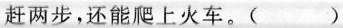
赶两步，还能爬上火车。()